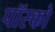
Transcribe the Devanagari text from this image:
पॉस्को